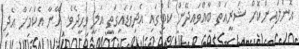
އޮންލައިންކޮށް ޝަރީއަތް ބާއްވައިދޭން ކޯޓުގައި އެދިވަޑައިގަތީ އަލީ ވަހީދެވެ. އޭނާ އެކަމަށް އެދި